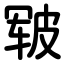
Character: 皲